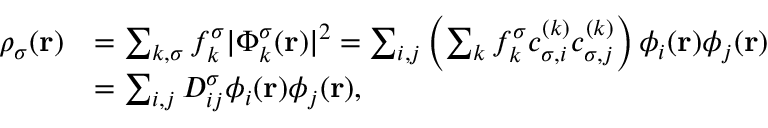
\begin{array} { r l } { \rho _ { \sigma } ( { \bf r } ) } & { = \sum _ { k , \sigma } f _ { k } ^ { \sigma } \vert \Phi _ { k } ^ { \sigma } ( { \bf r } ) \vert ^ { 2 } = \sum _ { i , j } \left( \sum _ { k } f _ { k } ^ { \sigma } c _ { \sigma , i } ^ { ( k ) } c _ { \sigma , j } ^ { ( k ) } \right) \phi _ { i } ( { \bf r } ) \phi _ { j } ( { \bf r } ) } \\ & { = \sum _ { i , j } D _ { i j } ^ { \sigma } \phi _ { i } ( { \bf r } ) \phi _ { j } ( { \bf r } ) , } \end{array}